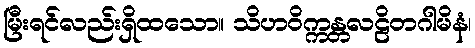
မြီးရင်လည်းရှိထသော။ သိဟဝိက္ကန္တလဠိတဂါမိနံ၊